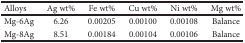
| Alloys | Ag wt% | Fe wt% | Cu wt% | Ni wt% | Mg wt% |
 | --- | --- | --- | --- | --- | --- |
 | Mg-6Ag | 6.26 | 0.00205 | 0.00100 | 0.00108 | Balance |
 | Mg-8Ag | 8.51 | 0.00184 | 0.00104 | 0.00106 | Balance |